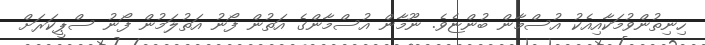
ހިނިތުންވުމަކާއިއެކު އުސްމާން ބުންޏެވެ. ނޫމާން އުސްމާންގެ އަތުން ފޯނު އަތުލަމުން ފޯނު ސްޕީކަރަށް